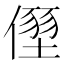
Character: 𠏂